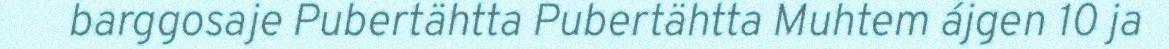
barggosaje Pubertähtta Pubertähtta Muhtem ájgen 10 ja